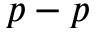
p - p